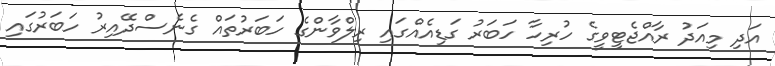
އަދި މިއަދު ރާއްޖެޓީވީގެ ހުރިހާ ހަބަރު ގަޑިއެއްގައި ރިލްވާންގެ ހަބަރުތައް ގެނެސްދޭއިރު ހަބަރުގައި